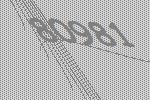
80981